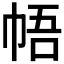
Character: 𪩳